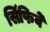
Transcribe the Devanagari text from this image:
सिंफिवे